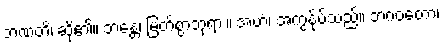
ဘဏတိ၊ ဆို၏။ ဘန္တေ၊ မြတ်စွာဘုရား။ အဟံ၊ အကွန်ုပ်သည်။ ဘဂဝတော၊